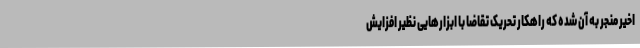
اخیر منجر به آن شده که راهکار تحریک تقاضا با ابزارهایی نظیر افزایش